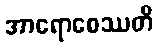
အာရောစေဿတိ